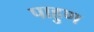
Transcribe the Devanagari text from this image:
पाहुण